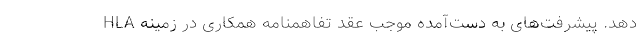
دهد. پیشرفت‌های به دست‌آمده موجب عقد تفاهمنامه همكاری در زمینه HLA